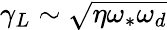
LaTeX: \gamma_{L}\sim\sqrt{\eta\omega_{\ast}\omega_{d}}